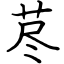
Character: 荩